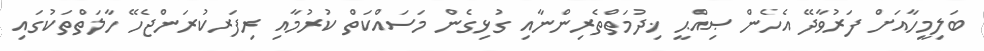
ބަލިމީހާއަށް ފަރުވާދޭ އެހެން ޞިއްޙީ ޚިދުމަތްތެރިންނާއި ގުޅިގެން މަސައްކަތް ކުރުމާއި ރިފަރކުރަންޖެހޭ ހާލަތްތަކުގައި